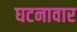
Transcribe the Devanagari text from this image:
घटनावार